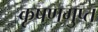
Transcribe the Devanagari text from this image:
कृषणगुप्त